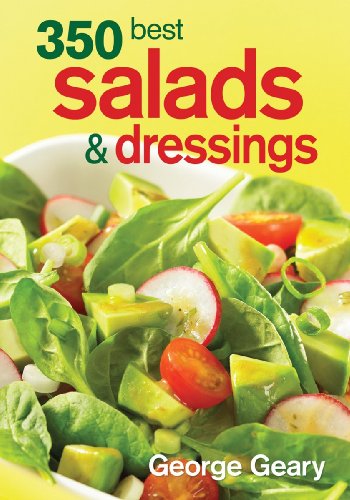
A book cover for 350 Best Salads and Dressings; George Geary; Cookbooks, Food & Wine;